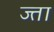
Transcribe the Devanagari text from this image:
ज्ता